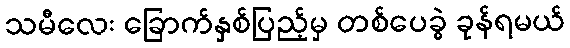
သမီလေး ခြောက်နှစ်ပြည့်မှ တစ်ပေခွဲ ခုန်ရမယ်